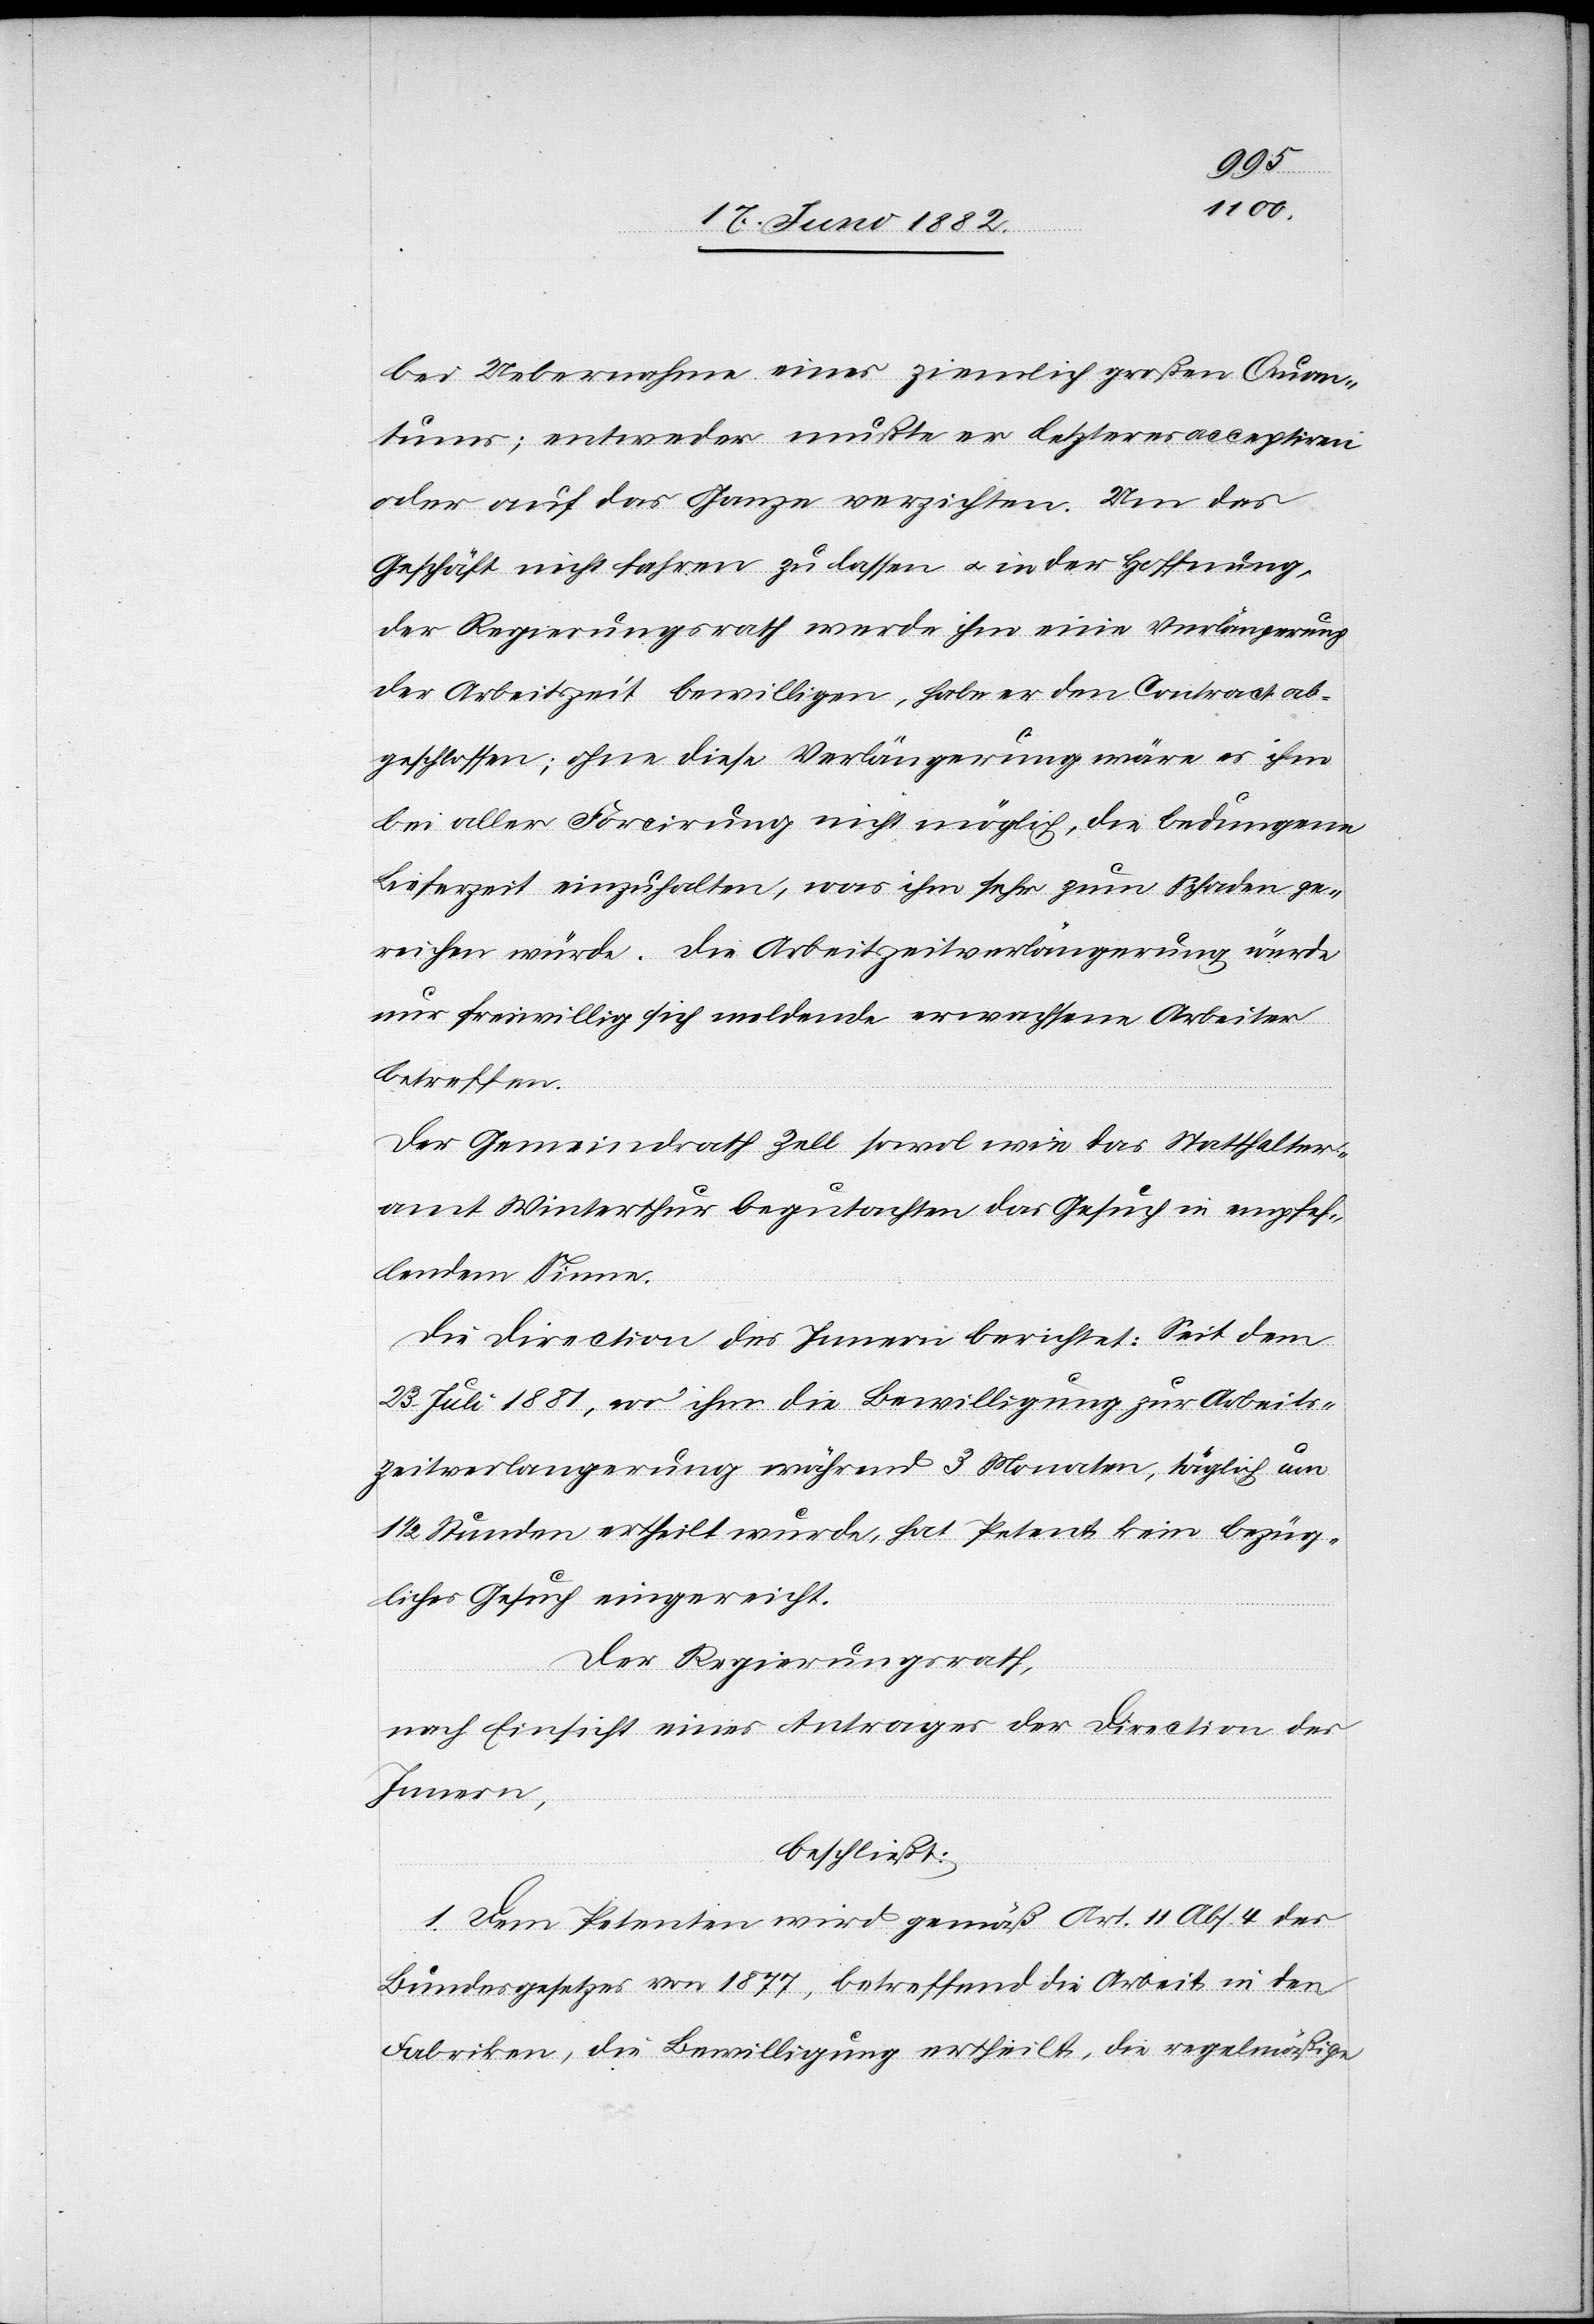
bei Uebernahme eines ziemlich großen Quan¬
tums; entweder mußte er letzteres acceptiren
oder auf das Ganze verzichten. Um das
Geschäft nicht fahren zu lassen u. in der Hoffnung,
der Regierungsrath werde ihm eine Verlängerung
der Arbeitszeit bewilligen, habe er den Contract ab¬
geschlossen; ohne diese Verlängerung wäre es ihm
bei aller Forcirung nicht möglich, die bedungene
Lieferzeit einzuhalten, was ihm sehr zum Schaden ge¬
reichen würde. Die Arbeitszeitverlängerung würde
nur freiwillig sich meldende erwachsene Arbeiter
betreffen.
Der Gemeindrath Zell sowol wie das Statthalter¬
amt Winterthur begutachten das Gesuch in empfeh¬
lendem Sinne.
Die Direction des Innern berichtet: Seit dem
23. Juli 1881, wo ihm die Bewilligung zur Arbeits¬
zeitverlängerung während 3 Monaten, täglich um
1/2 Stunden ertheilt wurde, hat Petent kein bezüg¬
liches Gesuch eingereicht.
Der Regierungsrath,
nach Einsicht eines Antrages der Direction des
Innern,
beschließt:
1. Dem Petenten wird gemäß Art. 11 Abs. 4 des
Bundesgesetzes von 1877, betreffend die Arbeit in den
Fabriken, die Bewilligung ertheilt, die regelmäßige